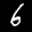
Label: 6